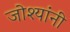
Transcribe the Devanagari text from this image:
जोश्यांनी